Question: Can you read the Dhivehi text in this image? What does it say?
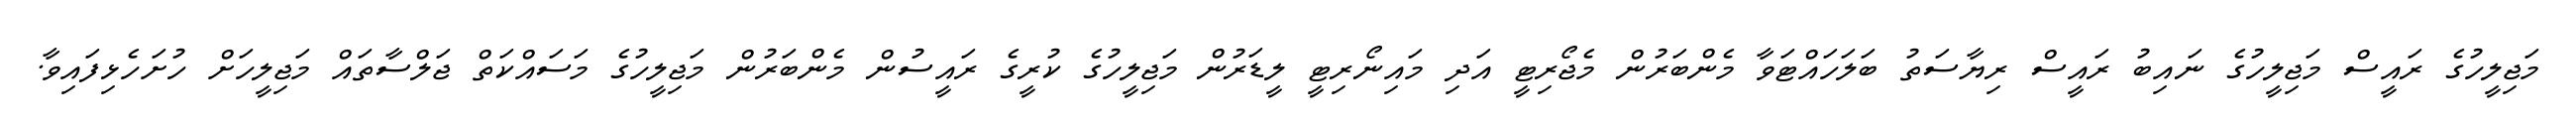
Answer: މަޖިލީހުގެ ރައީސް މަޖިލީހުގެ ނައިބު ރައީސް ރިޔާސަތު ބަލަހައްޓަވާ މެންބަރުން މެޖޯރިޓީ އަދި މައިނޯރިޓީ ލީޑަރުން މަޖިލީހުގެ ކުރީގެ ރައީސުން މެންބަރުން މަޖިލީހުގެ މަސައްކަތް ޖަލްސާތައް މަޖިލީހަށް ހުށަހެޅިފައިވާ.